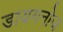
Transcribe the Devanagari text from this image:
डायगनोज